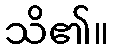
သိ၏။